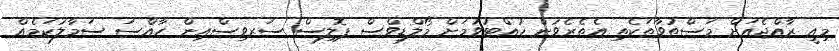
މިއީ ރާއްޖެއަށް މަސްތުވާތަކެތި އެތެރެވުން ހުއްޓުވުމަށް މޯލްޑިވްސް ޕޮލިސް ސަރވިސްއިން ހާއްސަ ސަމާލުކަމެއް